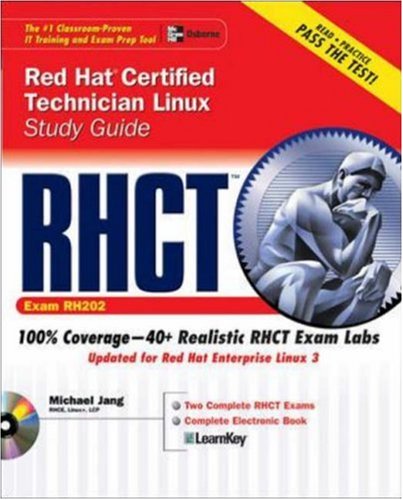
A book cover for RHCT Red Hat Certified Technician Linux Study Guide (Exam RH202) (Certification Press); Michael Jang; Computers & Technology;